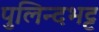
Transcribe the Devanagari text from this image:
पुलिन्दभट्ट